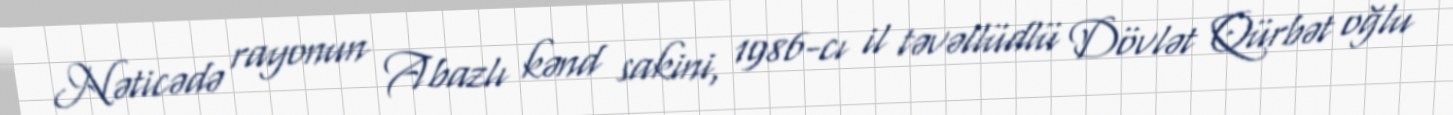
Nəticədə rayonun Abazlı kənd sakini, 1986-cı il təvəllüdlü Dövlət Qürbət oğlu